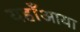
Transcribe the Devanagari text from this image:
यहाँआया